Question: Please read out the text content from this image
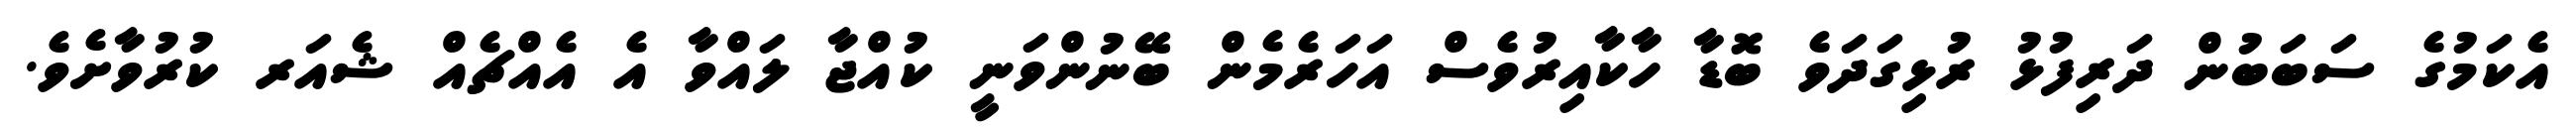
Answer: އެކަމުގެ ސަބަބުން ދަރިފުޅު ރުޅިގަދަވެ ބޮޑާ ހާކާއިރުވެސް އަހަރެމެން ބޭނުންވަނީ ކުއްޖާ ލައްވާ އެ އެއްޗެއް ޝެއަރ ކުރުވާށެވެ.